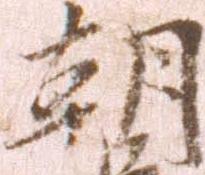
朝